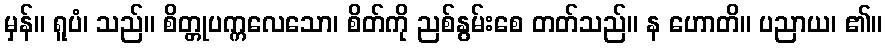
မှန်။ ရူပံ၊ သည်။ စိတ္တုပက္ကလေသော၊ စိတ်ကို ညစ်နွမ်းစေ တတ်သည်။ န ဟောတိ။ ပညာယ၊ ၏။